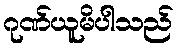
ဂုဏ်ယူမိပါသည်